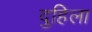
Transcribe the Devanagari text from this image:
दुहिला